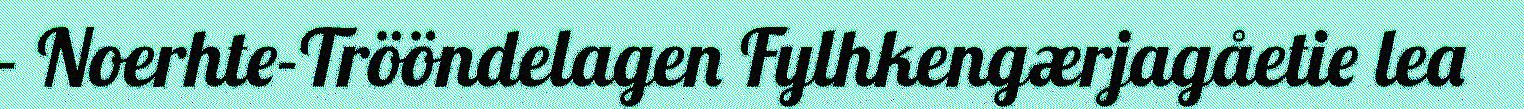
- Noerhte-Trööndelagen Fylhkengærjagåetie lea